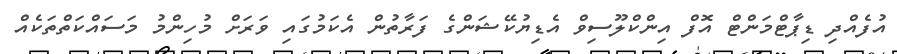
އުފެއްދި ޑިޕާޓްމަންޓް އޮފް އިންކްލޫސިވް އެޑިޔުކޭޝަންގެ ފަރާތުން އެކަމުގައި ވަރަށް މުހިންމު މަސައްކަތްތަކެއް